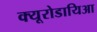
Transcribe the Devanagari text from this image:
क्यूरोडायिआ